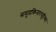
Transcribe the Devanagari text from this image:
समुद्रकिनारपट्टीच्या